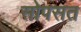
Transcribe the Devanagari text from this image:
सोपसत